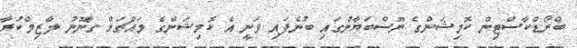
ބްރޯޑްކާސްޓިން ކޮމިޝަންގެ ނޫސްބަޔާނުގައި ބުނެފައި ވަނީ އެ ކޮމިޝަންގެ މައްޗަށް ގާނޫނު ލާޒިމްކުރާ